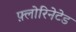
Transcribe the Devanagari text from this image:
फ़्लोरिनेटेड